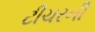
ટીચરની